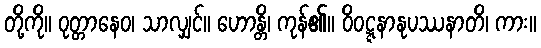
တို့ကို။ ဝုတ္တာနေဝ၊ သာလျှင်။ ဟောန္တိ၊ ကုန်၏။ ဝိဝဋ္ဋနာနုပဿနာတိ၊ ကား။